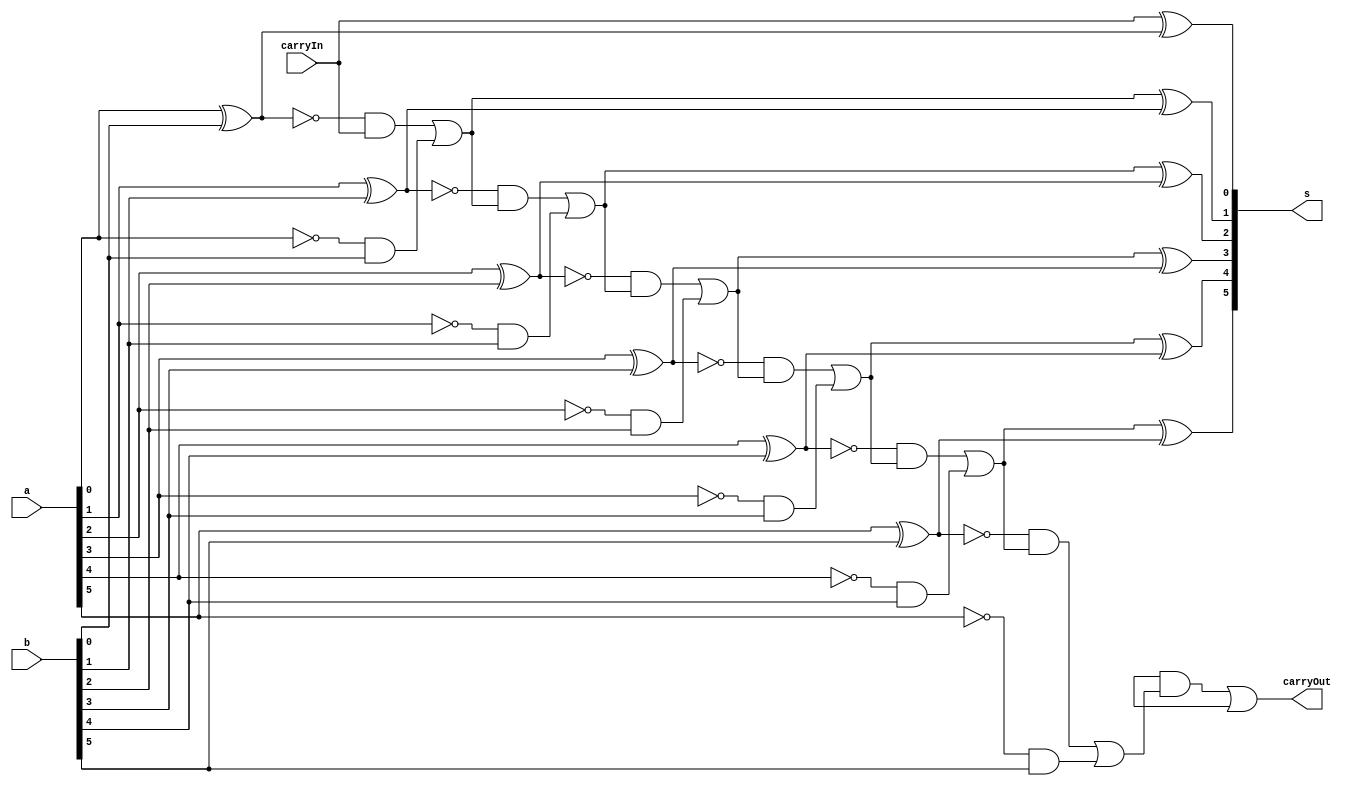
// ------------------------- 
// Exemplo0023 - SUBTRATOR 6 BITS	
// Nome: Luis Vasconcelos Dias 
// ------------------------- 

// ------------------------- 
// Sub
// ------------------------- 

module sub (output [5:0]s, input [5:0]a, input [5:0]b, input carryIn, output carryOut); 
	// descrever por portas 
	
 assign c1 = ~(a[0] ^ b[0]) & carryIn | (~(a[0]) & b[0]);
 assign s[0] = carryIn ^ (a[0] ^ b[0]);	
 assign c2 = ~(a[1] ^ b[1]) & c1 | (~(a[1]) & b[1]);
 assign s[1] = c1 ^ (a[1] ^ b[1]);	
 assign c3 = ~(a[2] ^ b[2]) & c2 | (~(a[2]) & b[2]);
 assign s[2] = c2 ^ (a[2] ^ b[2]);	
 assign c4 = ~(a[3] ^ b[3]) & c3 | (~(a[3]) & b[3]);
 assign s[3] = c3 ^ (a[3] ^ b[3]);	
 assign c5 = ~(a[4] ^ b[4]) & c4 | (~(a[4]) & b[4]);
 assign s[4] = c4 ^ (a[4] ^ b[4]);
 assign c6 = ~(a[5] ^ b[5]) & c5 | (~(a[5]) & b[5]);
 assign s[5] = c5 ^ (a[5] ^ b[5]);
 assign carryOut = ~(a[6] ^ b[6]) & c6 | (~(a[6]) & b[6]);
 
 
endmodule // sub 

module test_sub; 
// ------------------------- definir dados 
	reg [5:0] x; 
	reg [5:0] y; 
	reg carryIn;
	wire carryOut;
	wire [5:0] r; 
	
// ------------------------- instancia
	sub modulo(r, x, y, carryIn, carryOut);

// ------------------------- parte principal 
	initial begin 
		$display("Exemplo0021 - Luis Vasconcelos Dias - 412753"); 
		$display("Teste Subtrator"); 
		
		x = 6'b000001;
		y = 6'b000000;
		carryIn = 0;
		
		#1 $display("%b  %b = %b", x, y, r);
		
		x = 6'b000001;
		y = 6'b000011;
		carryIn = 0;
		
		#1 $display("%b  %b = %b", x, y, r);
	
	end 
endmodule // test_sub